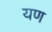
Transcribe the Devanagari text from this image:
यण